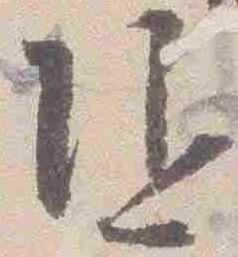
随